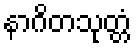
နာဂိတသုတ္တံ